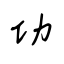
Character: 功